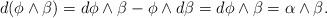
LaTeX: \begin{align*}d(\phi\wedge \beta)=d\phi\wedge \beta-\phi\wedge d\beta=d\phi\wedge \beta=\alpha\wedge \beta.\end{align*}